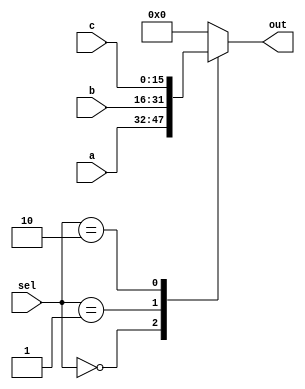
module mux3to1 (a,b,c,sel,out);
    parameter n=16;
    input [n-1: 0] a, b, c;
    input [1:0] sel;
    output reg [n-1: 0] out;
    always @(*) begin
        casex({sel})
        2'b00 : out = a;
        2'b01 : out = b;
        2'b10 : out = c;
        2'bxx : out = 0;
        endcase
    end
    //assign out = sel[1] ? (sel[0] ? 0 : c) : (sel[0] ? b : a);
endmodule